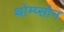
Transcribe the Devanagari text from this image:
थोम्प्सोन